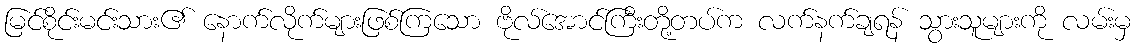
မြင်စိုင်းမင်းသား၏ နောက်လိုက်များဖြစ်ကြသော ဗိုလ်အောင်ကြီးတို့တပ်က လက်နက်ချရန် သွားသူများကို လမ်းမှ